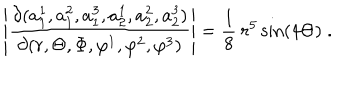
\left| \frac { \partial ( a _ { 1 } ^ { 1 } , a _ { 1 } ^ { 2 } , a _ { 1 } ^ { 3 } , a _ { 2 } ^ { 1 } , a _ { 2 } ^ { 2 } , a _ { 2 } ^ { 3 } ) } { \partial ( r , \Theta , \Phi , \varphi ^ { 1 } , \varphi ^ { 2 } , \varphi ^ { 3 } ) } \right| = \frac { 1 } { 8 } \: r ^ { 5 } \sin ( 4 \Theta ) \; .